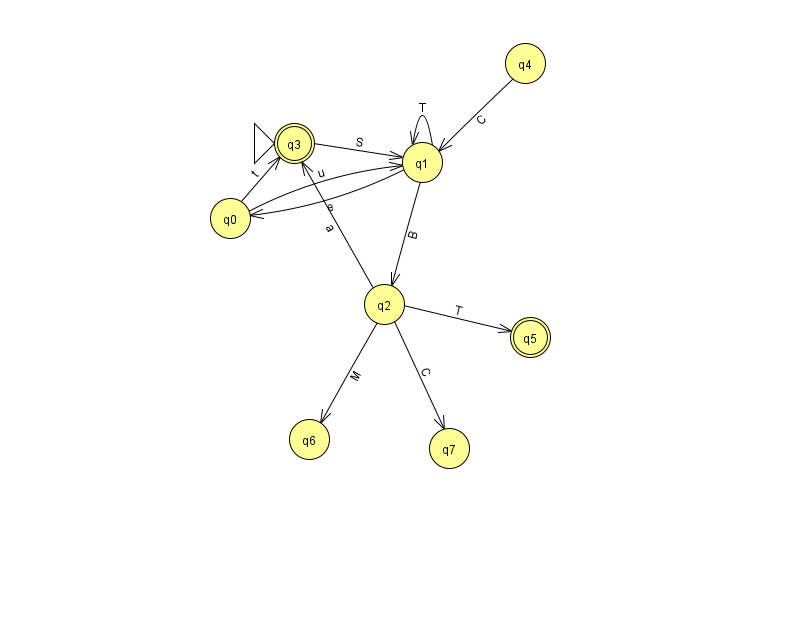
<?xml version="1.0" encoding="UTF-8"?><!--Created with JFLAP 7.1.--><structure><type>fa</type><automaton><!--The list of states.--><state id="0" name="q0"><x>230.0</x><y>205.0</y></state><state id="1" name="q1"><x>422.0</x><y>149.0</y></state><state id="2" name="q2"><x>384.0</x><y>291.0</y></state><state id="3" name="q3"><x>294.0</x><y>130.0</y><initial/><final/></state><state id="4" name="q4"><x>525.0</x><y>50.0</y></state><state id="5" name="q5"><x>530.0</x><y>324.0</y><final/></state><state id="6" name="q6"><x>309.0</x><y>426.0</y></state><state id="7" name="q7"><x>449.0</x><y>435.0</y></state><!--The list of transitions.--><transition><from>0</from><to>3</to><read>t</read></transition><transition><from>2</from><to>3</to><read>a</read></transition><transition><from>4</from><to>1</to><read>C</read></transition><transition><from>2</from><to>7</to><read>C</read></transition><transition><from>1</from><to>1</to><read>T</read></transition><transition><from>2</from><to>5</to><read>T</read></transition><transition><from>1</from><to>2</to><read>B</read></transition><transition><from>3</from><to>1</to><read>S</read></transition><transition><from>2</from><to>6</to><read>M</read></transition><transition><from>0</from><to>1</to><read>u</read></transition><transition><from>1</from><to>0</to><read>e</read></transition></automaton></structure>